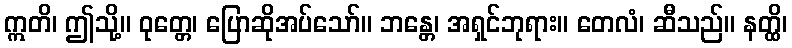
ဣတိ၊ ဤသို့။ ဝုတ္တေ၊ ပြောဆိုအပ်သော်။ ဘန္တေ၊ အရှင်ဘုရား။ တေလံ၊ ဆီသည်။ နတ္ထိ၊